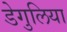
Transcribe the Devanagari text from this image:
डेगुलिया